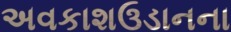
અવકાશઉડાનના